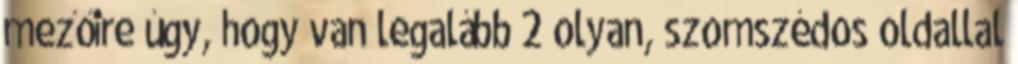
mezőire úgy, hogy van legalább 2 olyan, szomszédos oldallal